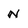
Character: N